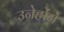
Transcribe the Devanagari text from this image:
उनेहोंने